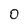
Character: 0